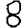
Digit: 8